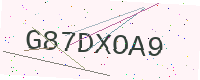
Text: G87DXOA9